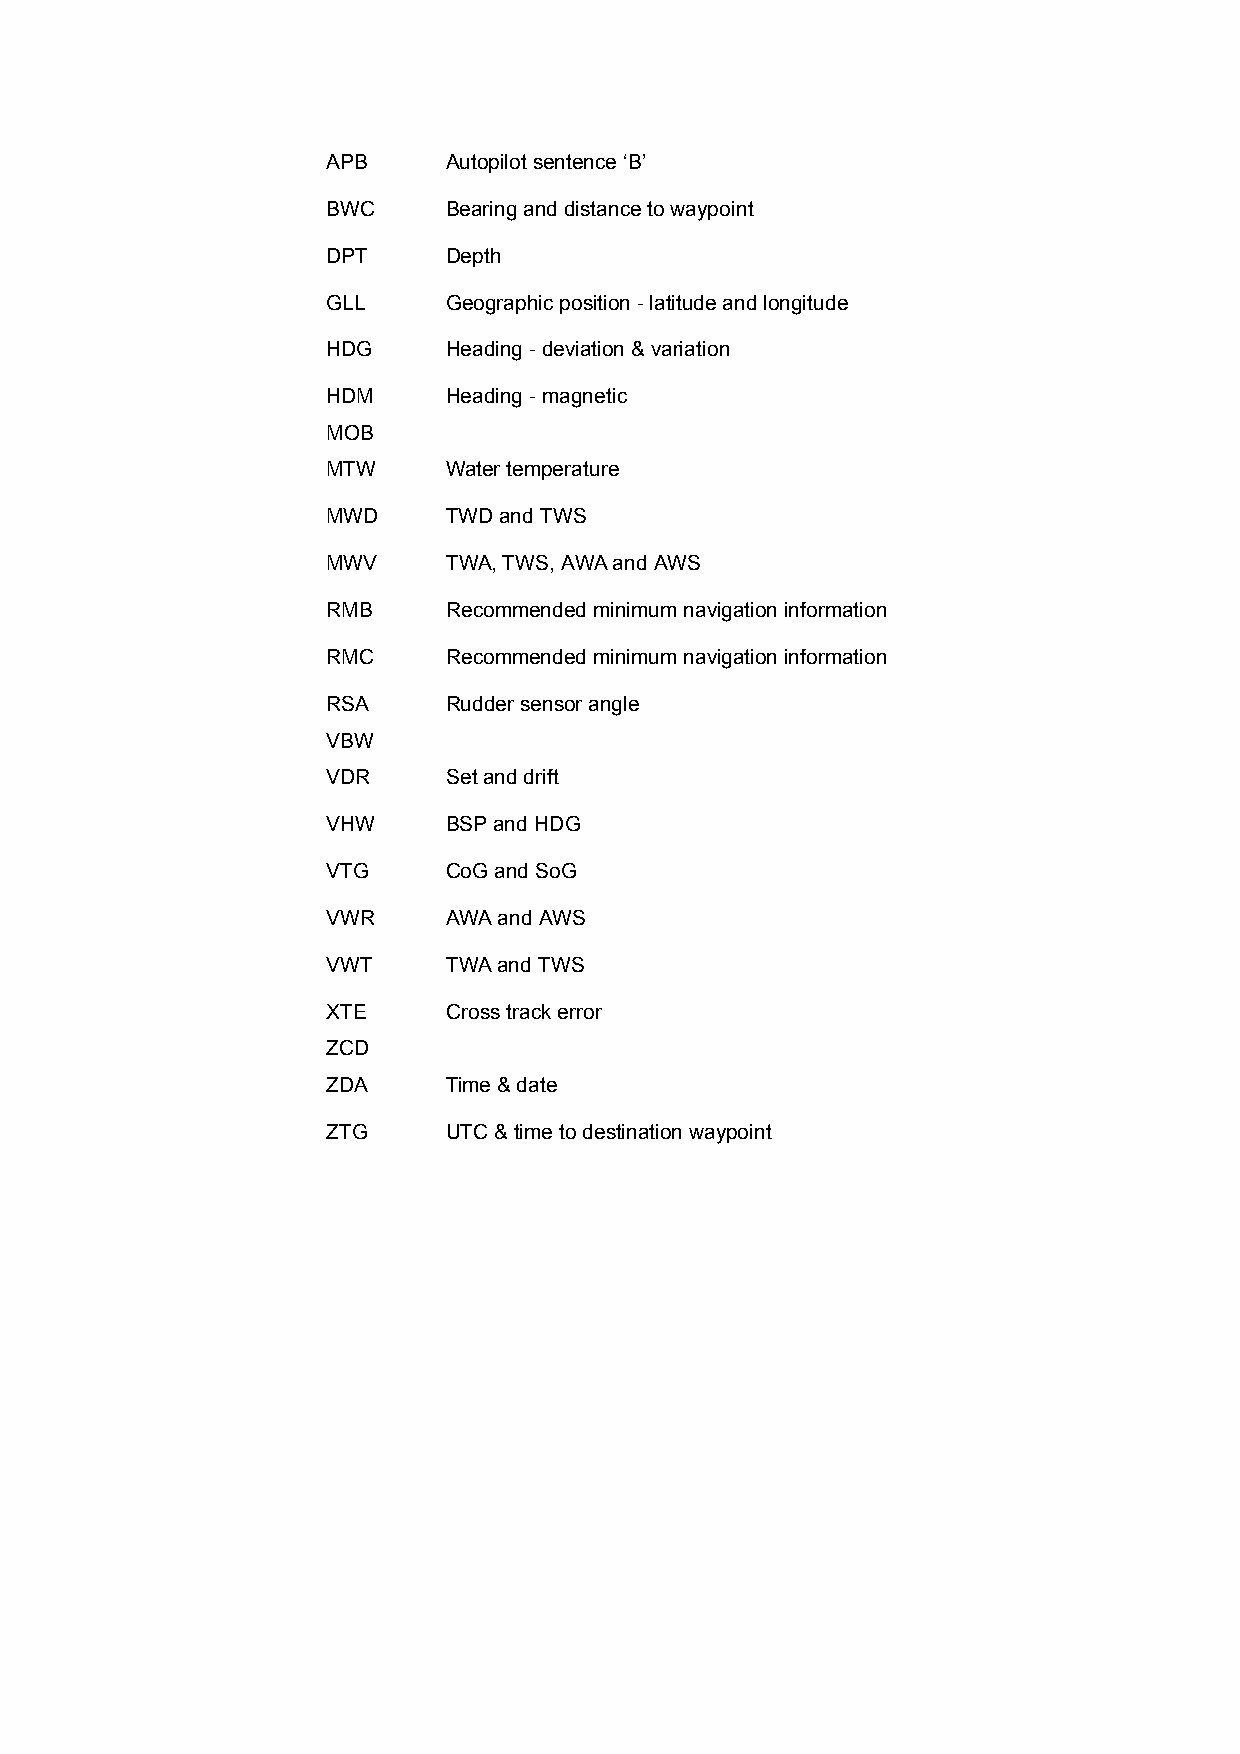
APB     Autopilot sentence ‘B’
 BWC     Bearing and distance to waypoint
 DPT     Depth
 GLL     Geographic position - latitude and longitude
 HDG     Heading - deviation & variation
 HDM     Heading - magnetic
 MOB
 MTW     Water temperature
 MWD     TWD and TWS
 MWV     TWA, TWS, AWA and AWS
 RMB     Recommended minimum navigation information
 RMC     Recommended minimum navigation information
 RSA     Rudder sensor angle
 VBW
 VDR     Set and drift
 VHW     BSP and HDG
 VTG     CoG and SoG
 VWR     AWA and AWS
 VWT     TWA and TWS
 XTE     Cross track error
 ZCD
 ZDA     Time & date
 ZTG     UTC & time to destination waypoint